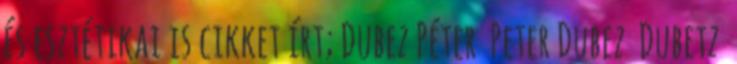
és esztétikai is cikket írt; Dubez Péter Peter Dubez Dubetz